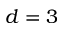
d = 3